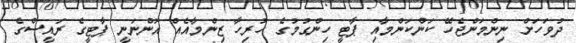
ދުވަހަށް ނިންމަންޖެހޭ ކަންކަންމާއި ޕާޓީ ހިންގުމުގެ ހުރިހާ ޒިންމާއެއް އޮންނަނީ ޕާޓީގެ ރައީސްގެ